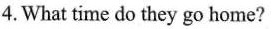
4.What time do they go home?